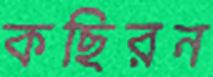
কছিরন